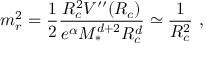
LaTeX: m _ { r } ^ { 2 } = \frac { 1 } { 2 } \frac { R _ { c } ^ { 2 } V ^ { \prime \prime } ( R _ { c } ) } { e ^ { \alpha } M _ { * } ^ { d + 2 } R _ { c } ^ { d } } \simeq \frac { 1 } { R _ { c } ^ { 2 } } \ ,